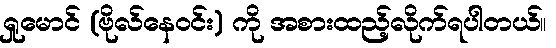
ရှုမောင် (ဗိုလ်နေဝင်း) ကို အစားထည့်လိုက်ရပါတယ်။